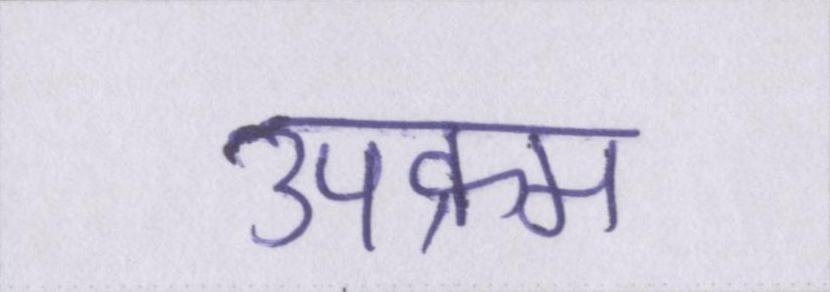
उपक्रम